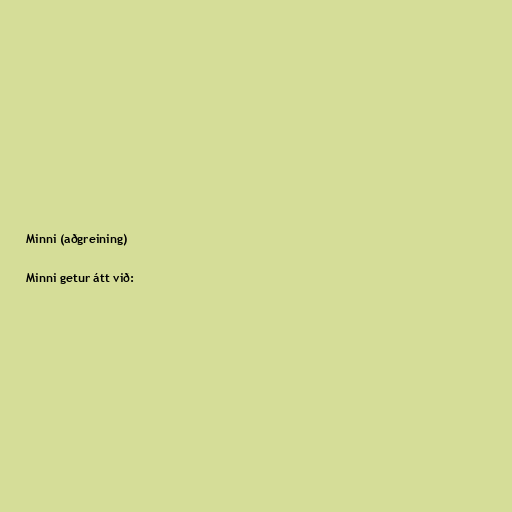
Minni (aðgreining)

Minni getur átt við: